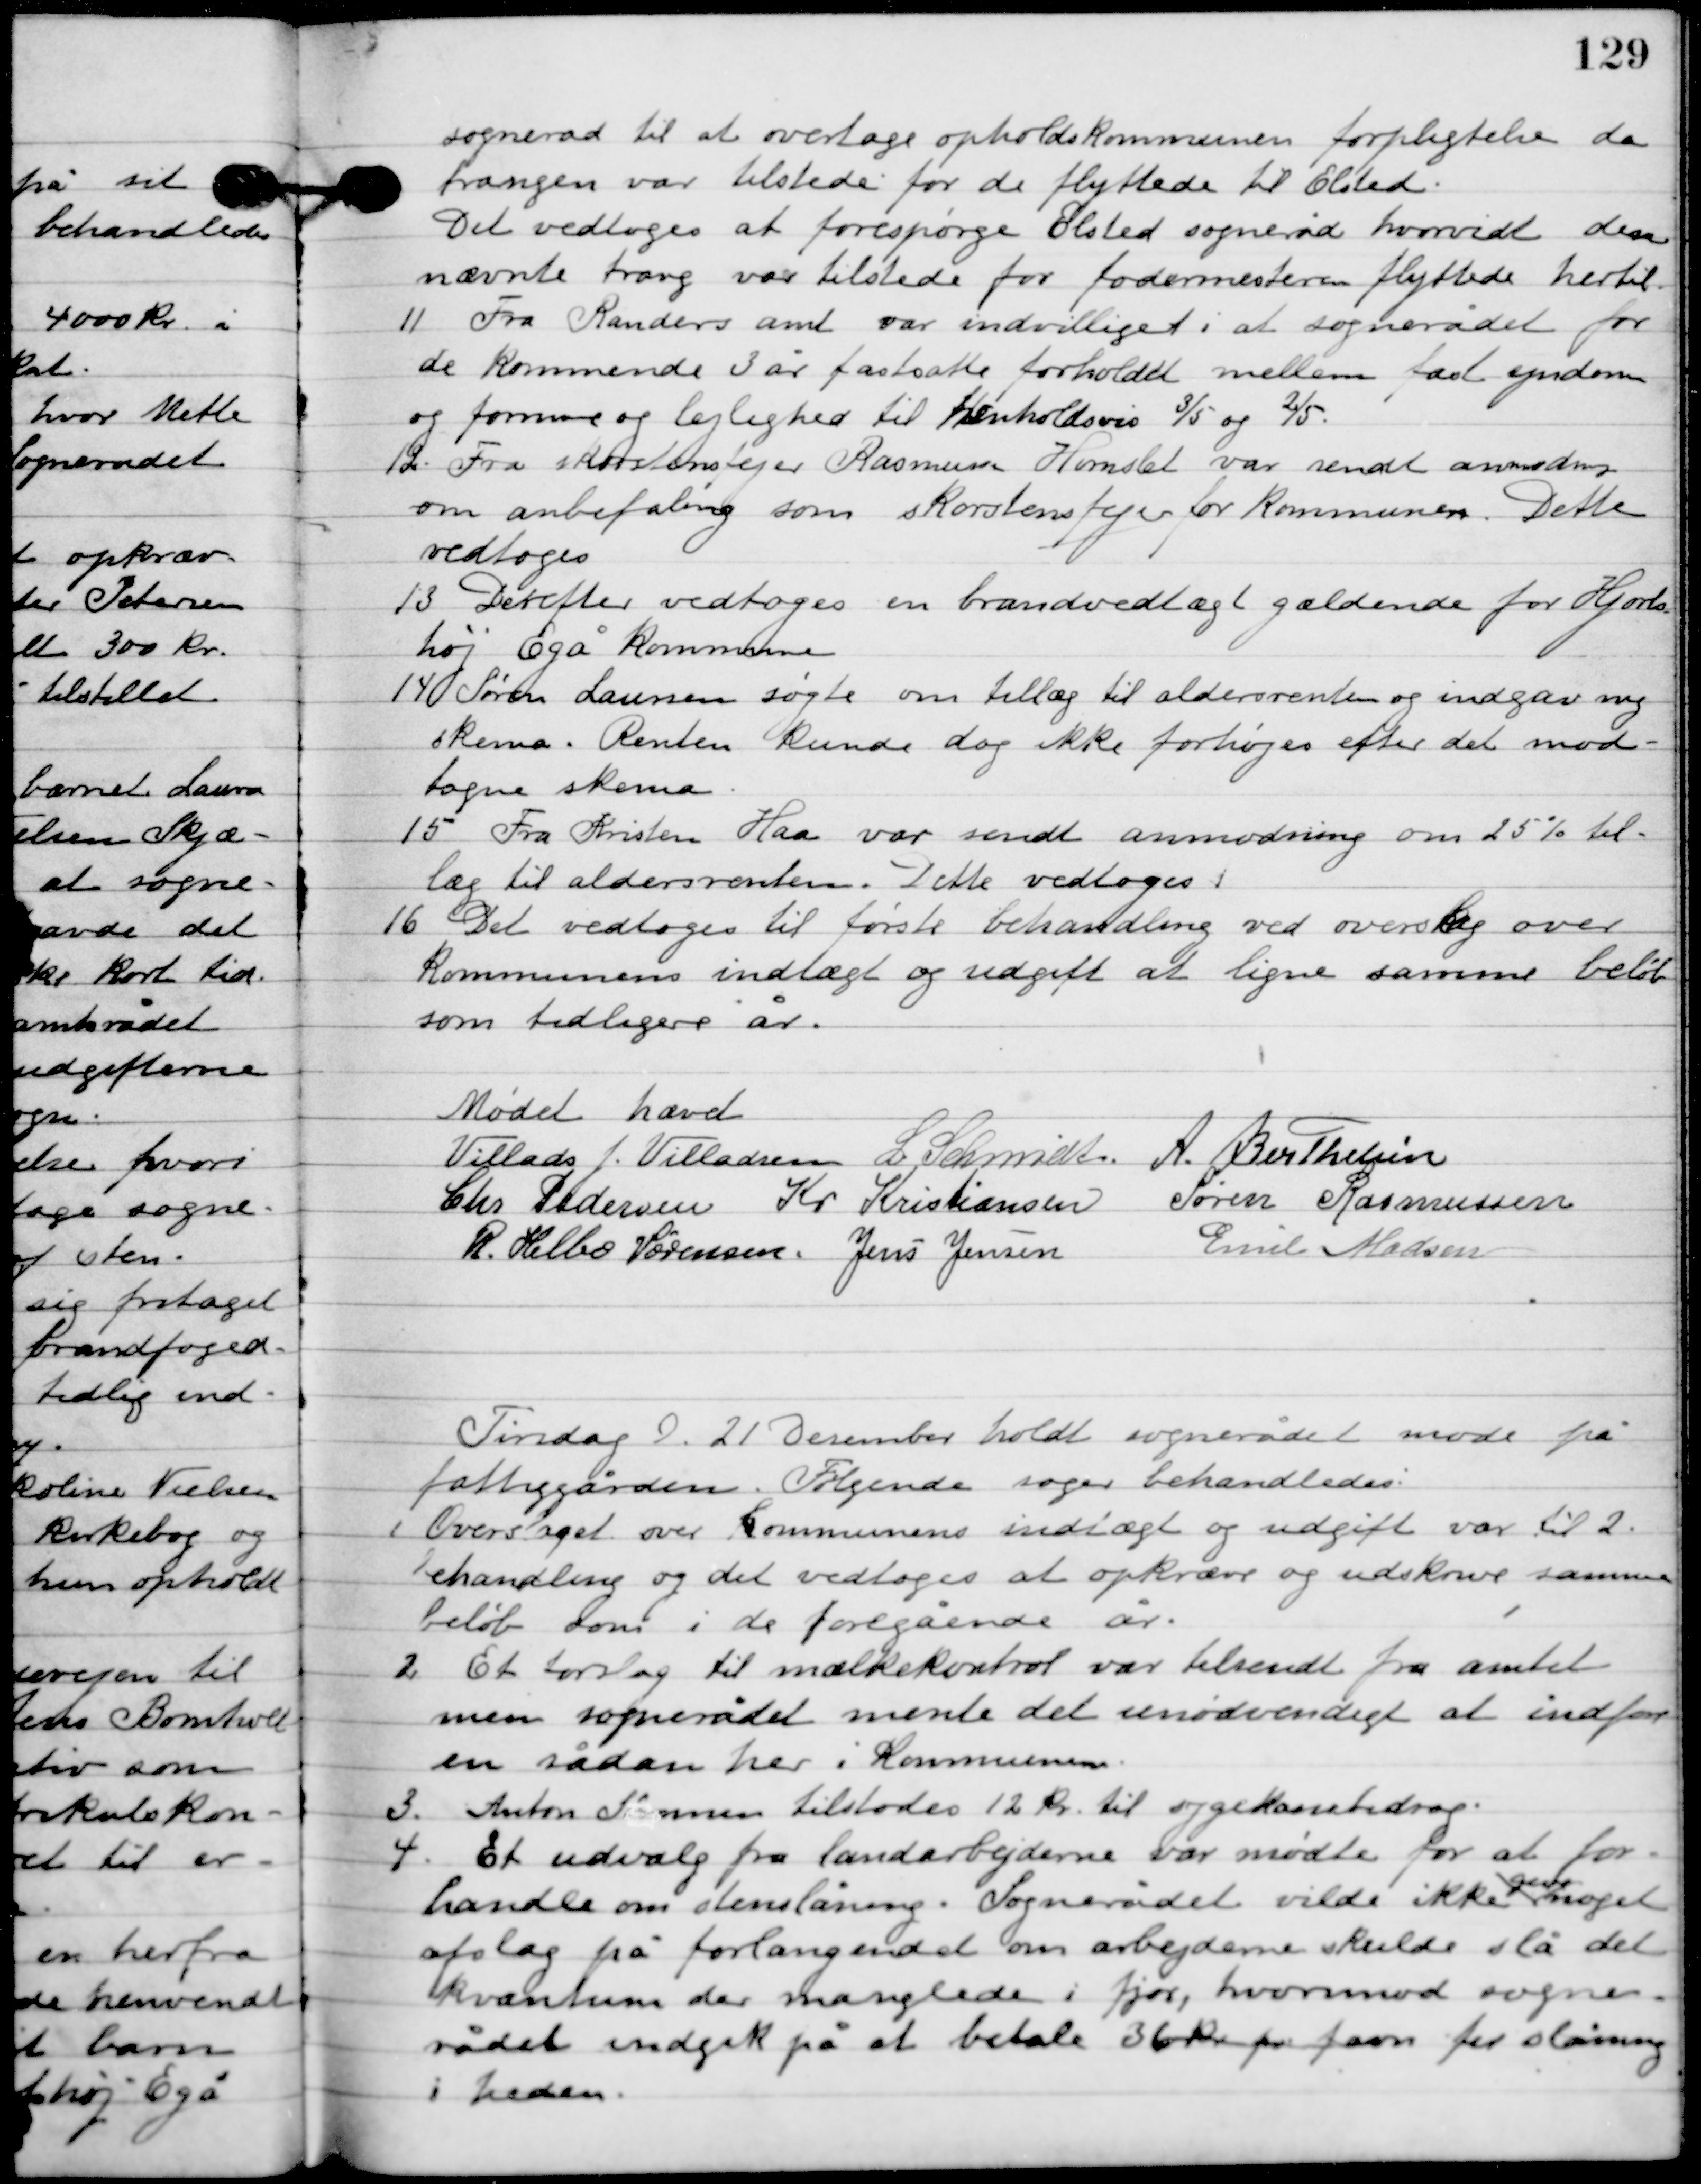
Transskription:
sogneråd til at overtage opholdskommunen forpligtelse da
trangen var tilstede for de flyttede til Elsted.
Det vedtoges at forespørge Elsted sogneråd hvorvidt den
nævnte trang var tilstede for fodermesteren flyttede hertil.

11

Fra Randers amt var indvilliget i at sognerådet for
de kommende 3 år fastsatte forholdet mellem fast ejendom
og formue og lejlighed til henholdsvis 3/5 og 2/5.

12

Fra skorstensfejer Rasmusen Hornslet var sendt anmodning
om anbefaling som skorstensfejer for kommunen. Dette
vedtoges.

13

Derefter vedtoges en brandvedtægt gældende for Hjorts-
høj Egå kommune.

14

Søren Laursen søgte om tillæg til aldersrenten og indgav ny
 skema. Renten kunde dog ikke forhøjes efter det mod-
tagende skema.

15

Fra Kristen Haa var sendt anmodning om 25 % til-
læg til aldersrenten. Dette vedtoges.

16

Det vedtoges til første behandling ved overslag over
kommunen indtægt og udgift at ligne samme beløb
som tidligere år.

Mødet hævet.

Villads J. Villadsen
I. Schmidt
A. Berthelsen
Chr. Pedersen
Kr. Kristiansen
Søren Rasmussen
R. Helbo Sørensen
Jens Jensen
Emil Madsen

Tirsdag D. 21. December holdt sognerådet møde på
fattiggården. Følgende sager behandledes.

1

Overslag over kommunens indtægt og udgift var til 2.
behandling og et vedtoges at opkræve og udskrive samme
beløb som i de foregående år.

2

Et forslag til mælkekontrol var tilsendt fra amtet
men sognerådet mente det unødvendigt at indføre
sådan her i Kommunen.

3

Anton Sørensen tilstodes 12 kr. til sygekassebidrag.

4

Et udvalg fra landarbejderne var mødte for at for-
handle om stenslåning. Sognerådet vilde ikke
give
noget
afslag på forlangendet om arbejderne skulde slå det
kvantum der manglede i fjord, hvorimod sogne-
rådet indgik på at betale 36 kr. pr favn til slåning
i heden.